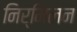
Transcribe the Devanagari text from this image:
निर्मिलन